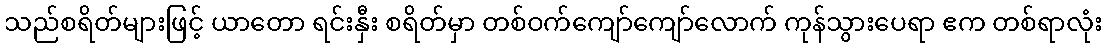
သည်စရိတ်များဖြင့် ယာတော ရင်းနှီး စရိတ်မှာ တစ်ဝက်ကျော်ကျော်လောက် ကုန်သွားပေရာ ဧက တစ်ရာလုံး